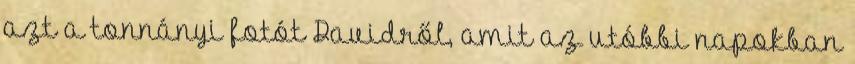
azt a tonnányi fotót Davidről, amit az utóbbi napokban